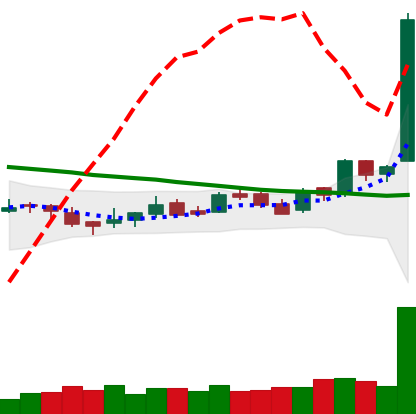
Ticker: LTC-USD
Chart end date: 2016-04-24
Forward return: 5.005%
Label: up_5_7